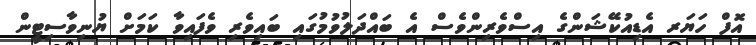
އޮފް ހަޔަރ އެޑިއުކޭޝަންގެ އިސްވެރިންވެސް އެ ބައްދަލުވުމުގައި ބައިވެރި ވެފައިވާ ކަމަށް ޔުނިވާސިޓީން